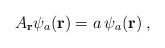
LaTeX: \begin{align*}{A}_{\bf r}\psi_{a} ({\bf r})= a \, \psi_{a} ({\bf r})\; ,\end{align*}